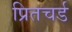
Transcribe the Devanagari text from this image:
प्रितचर्ड